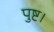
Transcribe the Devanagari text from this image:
पुष्ट।